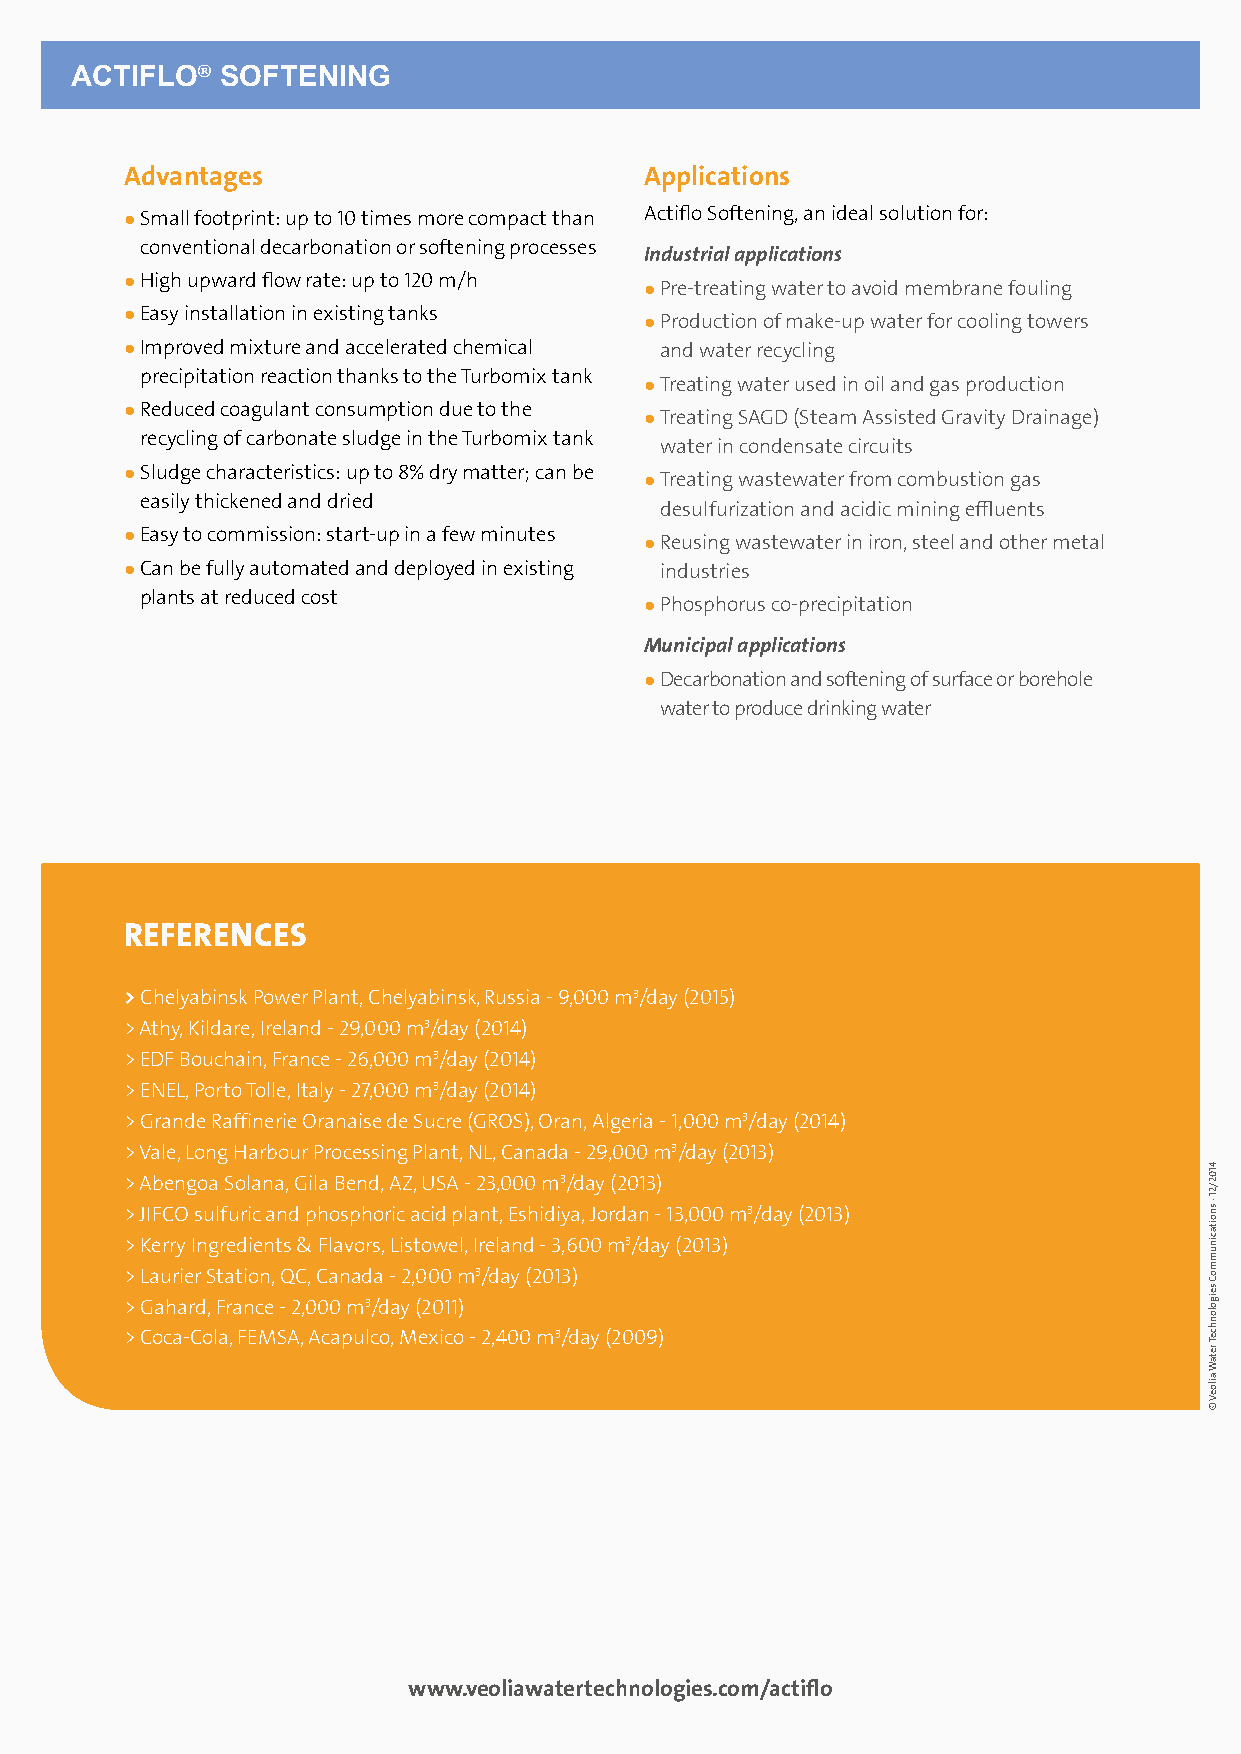
ACTIFLO®  SOFTENING
 Advantages                         Applications
 � S mall footprint: up to 10 times more compact than Actiflo Softening, an ideal solution for:
 conventional decarbonation or softening processes
 Industrial applications
 � H igh upward flow rate: up to 120 m/h � P re-treating water to avoid membrane fouling
 � E asy installation in existing tanks � P roduction of make-up water for cooling towers
 � I mproved mixture and accelerated chemical and water recycling
 precipitation reaction thanks to the Turbomix tank
 � T reating water used in oil and gas production
 � R educed coagulant consumption due to the � T reating SAGD (Steam Assisted Gravity Drainage)
 recycling of carbonate sludge in the Turbomix tank
 water in condensate circuits
 � S ludge characteristics: up to 8% dry matter; can be � T reating wastewater from combustion gas
 easily thickened and dried
 desulfurization and acidic mining effluents
 � E asy to commission: start-up in a few minutes � R eusing wastewater in iron, steel and other metal
 � C an be fully automated and deployed in existing industries
 plants at reduced cost
 � P hosphorus co-precipitation
 Municipal applications
 � D ecarbonation and softening of surface or borehole
 water to produce drinking water
 REFERENCES
 > Chelyabinsk Power Plant, Chelyabinsk, Russia - 9,000 m3/day (2015)
 > Athy, Kildare, Ireland - 29,000 m3/day (2014)
 > EDF Bouchain, France - 26,000 m3/day (2014)
 > ENEL, Porto Tolle, Italy - 27,000 m3/day (2014)
 > Grande Raffinerie Oranaise de Sucre (GROS), Oran, Algeria - 1,000 m3/day (2014)
 > Vale, Long Harbour Processing Plant, NL, Canada - 29,000 m3/day (2013)
 > Abengoa Solana, Gila Bend, AZ, USA - 23,000 m3/day (2013)
 > JIFCO sulfuric and phosphoric acid plant, Eshidiya, Jordan - 13,000 m3/day (2013)
 > Kerry Ingredients & Flavors, Listowel, Ireland - 3,600 m3/day (2013)
 > Laurier Station, QC, Canada - 2,000 m3/day (2013)
 > Gahard, France - 2,000 m3/day (2011)
 > Coca-Cola, FEMSA, Acapulco, Mexico - 2,400 m3/day (2009)
 www.veoliawatertechnologies.com/actiflo
 4102/21
 - snoitacinummoC
 seigolonhceT
 retaW
 ailoeV
 ©